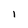
Character: 1